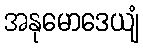
အနုမောဒေယျံ